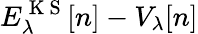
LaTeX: E_{\lambda}^{\mathrm{~K~S~}}[n]-V_{\lambda}[n]